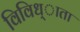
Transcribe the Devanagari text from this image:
विविध्ाता